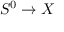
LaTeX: S ^ { 0 } \to X